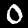
Digit: 0